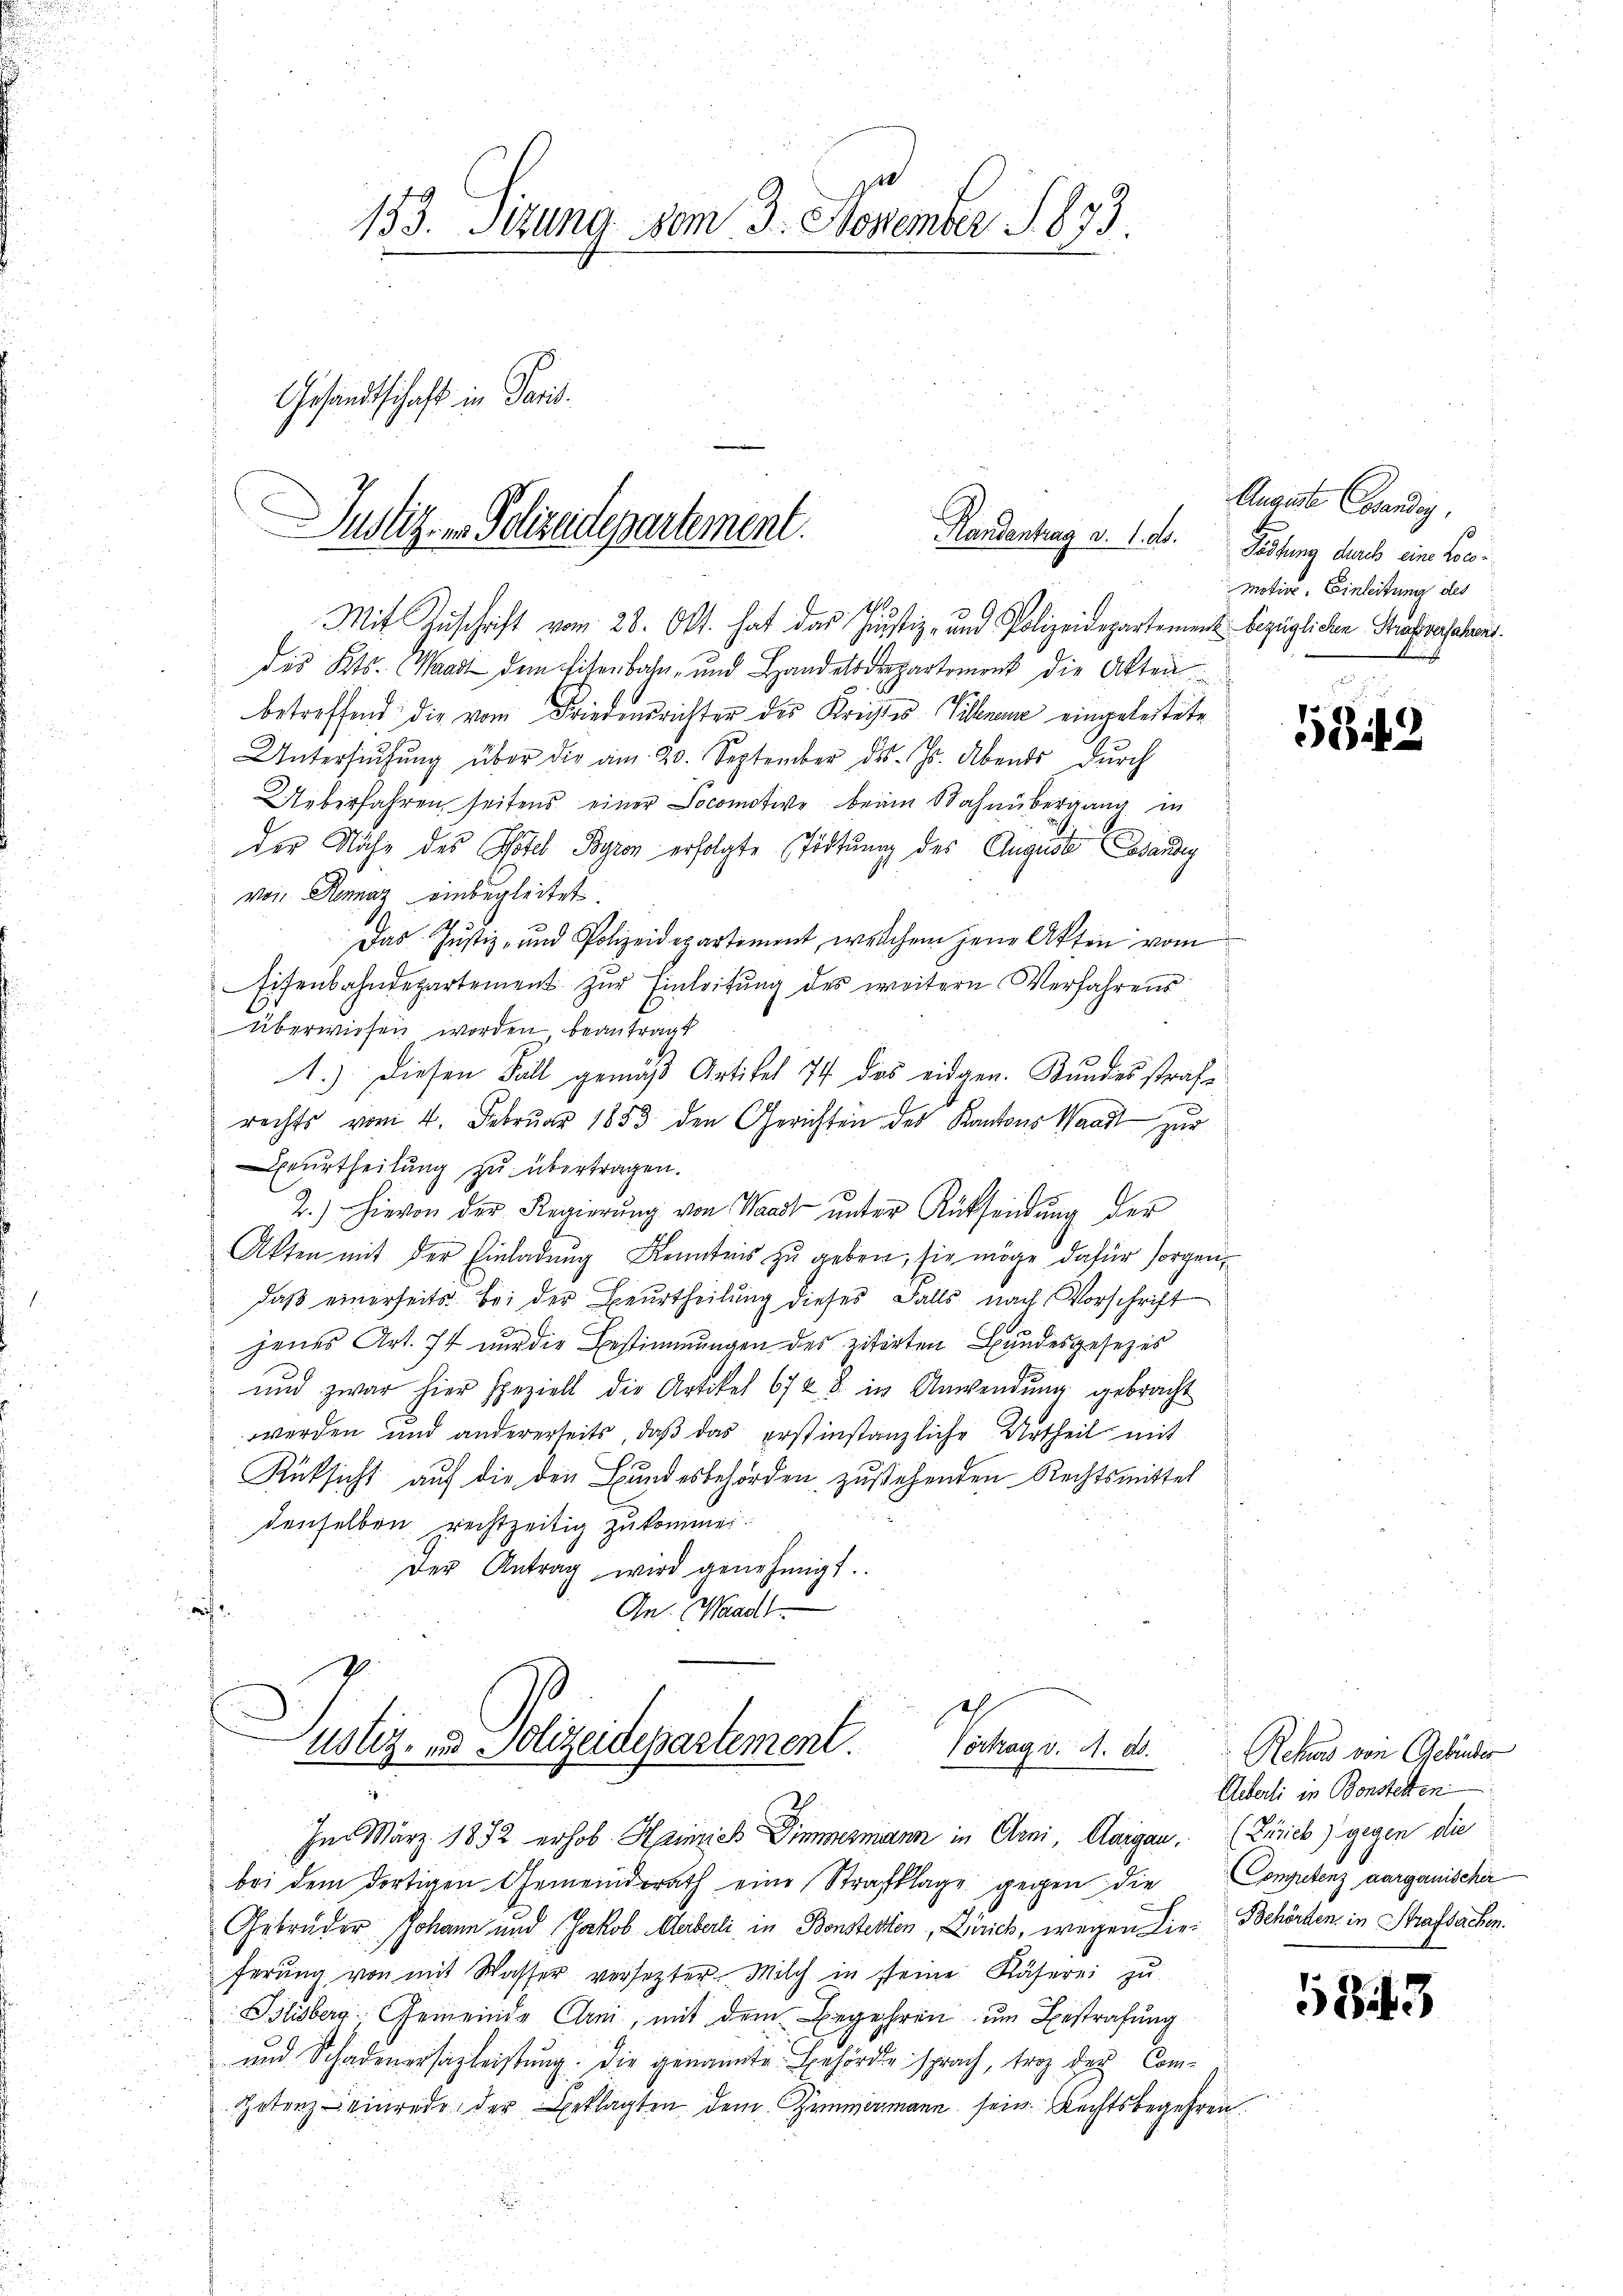
133. Setzung vom 3. November S. 873.
Gesandtschaft in Paris.

Justiz- u. Polizeidepartement.
Handentrag a. 1. ds.

1
Mit Zuschrift vom 28. Okt. hat das Justiz- und Polizeidepartement bezüglichen Strafversehen.
des Kts. Waadt dem Eisenbahn- und Handelsdepartement die Akten
betreffend die vom Friedensrichter des Kreistes-Villenen eingeleitete
Untersŭchŭng über die am 20. September des. Js. Abends dŭrch
Ueberfahren, seitens einer Socomotive beim Bahnübergang in
der Nähe des Hotel Boyron erfolgte Tödtung des August dausg
von Rennaz einbegleitet.
Das Justiz- und Polizeidepartiment, welchem jene Akten vom
Eisenbahndepartement zŭr Einleitŭng des weitern Verfahrens
überwiesen worden beantragt
1.) Diesen Fall gemäß Artikel 74 das eidgen. Bundesstrafe
rechts vom 4. Februar 1853 den Gerichten des Kantons Waadt zur
rurtheilung zu übertragen.
2.) Hievon der Regierŭng von Waadt ŭnter Rücksendŭng der
Akten mit der Einladung Kenntnis zu geben, sie möge dafür sorgendaß einerseits bei der Beurtheilung dieses Falls nach Vorschrift
f
jenes Art. 74 nur die Bestimmungen des zitirten Hundesgesezes
und zwar hier speziell die Artikel 67 & 8. in Anwendŭng gebracht
werden und andererseits, daß das erstinstanzliche Urtheil mit
Rücksicht auf die den Bundesbehörden zustehenden Rechtsmittel
denselben rechtzeitig zukommen.
der Antrag wird genehmigt.
.
An Waadt
ustiz- und Polizeidepartement. Vortrag v. M. D. Rekurs von Gebinder
Im März 1872 erhob Heinrich Zimmermann in Arni, Aargau, (Zürich) gegen die
bei dem dortigen Gemeindrath eine Strafklage gegen die Competenz aargauischer
Gebrüder Johann und Jakob Aeberli in Bonsterten, Zürich, wegen Lie-Behörden, in Strafsachen.
ferŭng von mit Wasser versezter Milch in seine Räterei zu
Slisberg-Gemeinde Erni, mit dem Begehren um Bestrafung
und Schadenersazleistung. Die genannte Behörde sprach, trotz der Com¬
Getenz einrede der Beklagten dem Zimmermann sein Rechtsbegehren,

Augarte Candig.
Festung durch eine Los¬
Motive, Einleitung des

5842

Uiberli in Bonstetten

1843